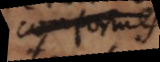
conformes